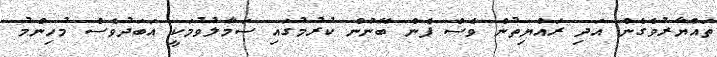
ތައްޔާރުވެގެން އަދި ރައްޔިތުން ވެސް ފެން ބޭނުން ކުރުމުގައި ސަމާލުވުމަކީ އަބަދުވެސް މުހިންމު